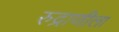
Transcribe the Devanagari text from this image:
रुद्राणीला